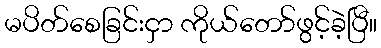
မပိတ်စေခြင်းငှာ ကိုယ်တော်ဖွင့်ခဲ့ပြီ။